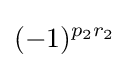
(-1)^{p_{2}r_{2}}